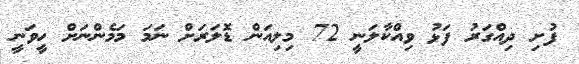
ފުށި ދިއްގަރު ފަޅު ވިއްކާލަނީ 72 މިލިއަން ޑޮލަރަށް ނަމަ މަމެންނަށް ހީވަނީ